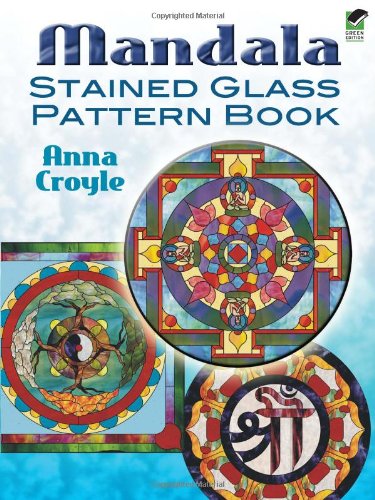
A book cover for Mandala Stained Glass Pattern Book (Dover Stained Glass Instruction); Anna Croyle; Crafts, Hobbies & Home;